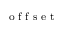
_ { \textrm { o f f s e t } }